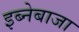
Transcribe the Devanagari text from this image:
इब्नेबाजा